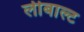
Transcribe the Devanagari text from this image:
लीबाल्ट